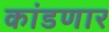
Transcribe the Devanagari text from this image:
कांडणार